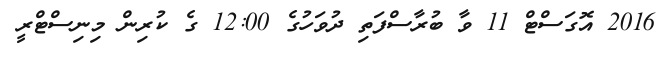
2016 އޮގަސްޓް 11 ވާ ބުރާސްފަތި ދުވަހުގެ 12:00 ގެ ކުރިން މިނިސްޓްރީ